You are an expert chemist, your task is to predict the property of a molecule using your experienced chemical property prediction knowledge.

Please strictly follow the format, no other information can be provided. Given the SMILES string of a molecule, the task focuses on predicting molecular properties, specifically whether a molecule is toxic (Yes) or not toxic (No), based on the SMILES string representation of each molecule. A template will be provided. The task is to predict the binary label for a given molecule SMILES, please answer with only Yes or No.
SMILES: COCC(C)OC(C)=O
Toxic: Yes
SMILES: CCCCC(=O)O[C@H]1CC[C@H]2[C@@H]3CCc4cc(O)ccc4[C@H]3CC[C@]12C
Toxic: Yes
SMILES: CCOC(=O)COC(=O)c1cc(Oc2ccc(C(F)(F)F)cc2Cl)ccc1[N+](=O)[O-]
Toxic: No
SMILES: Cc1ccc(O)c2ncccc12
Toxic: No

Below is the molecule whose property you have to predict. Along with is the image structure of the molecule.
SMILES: CC1=Nc2ccc(Cl)cc2S(=O)(=O)N1
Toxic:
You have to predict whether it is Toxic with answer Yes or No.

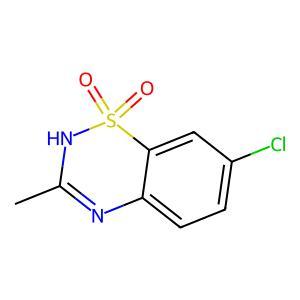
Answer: No